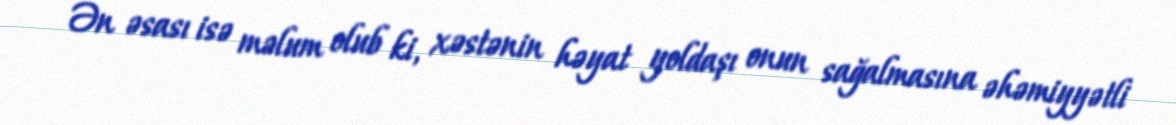
Ən əsası isə məlum olub ki, xəstənin həyat yoldaşı onun sağalmasına əhəmiyyətli